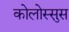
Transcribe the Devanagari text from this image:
कोलोस्सुस